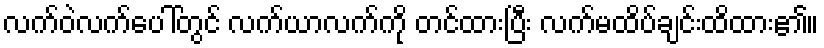
လက်ဝဲလက်ပေါ်တွင် လက်ယာလက်ကို တင်ထားပြီး လက်မထိပ်ချင်းထိထား၏။